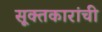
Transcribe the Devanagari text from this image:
सूक्तकारांची